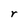
Character: r